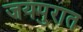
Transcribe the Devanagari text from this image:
जयपुरात